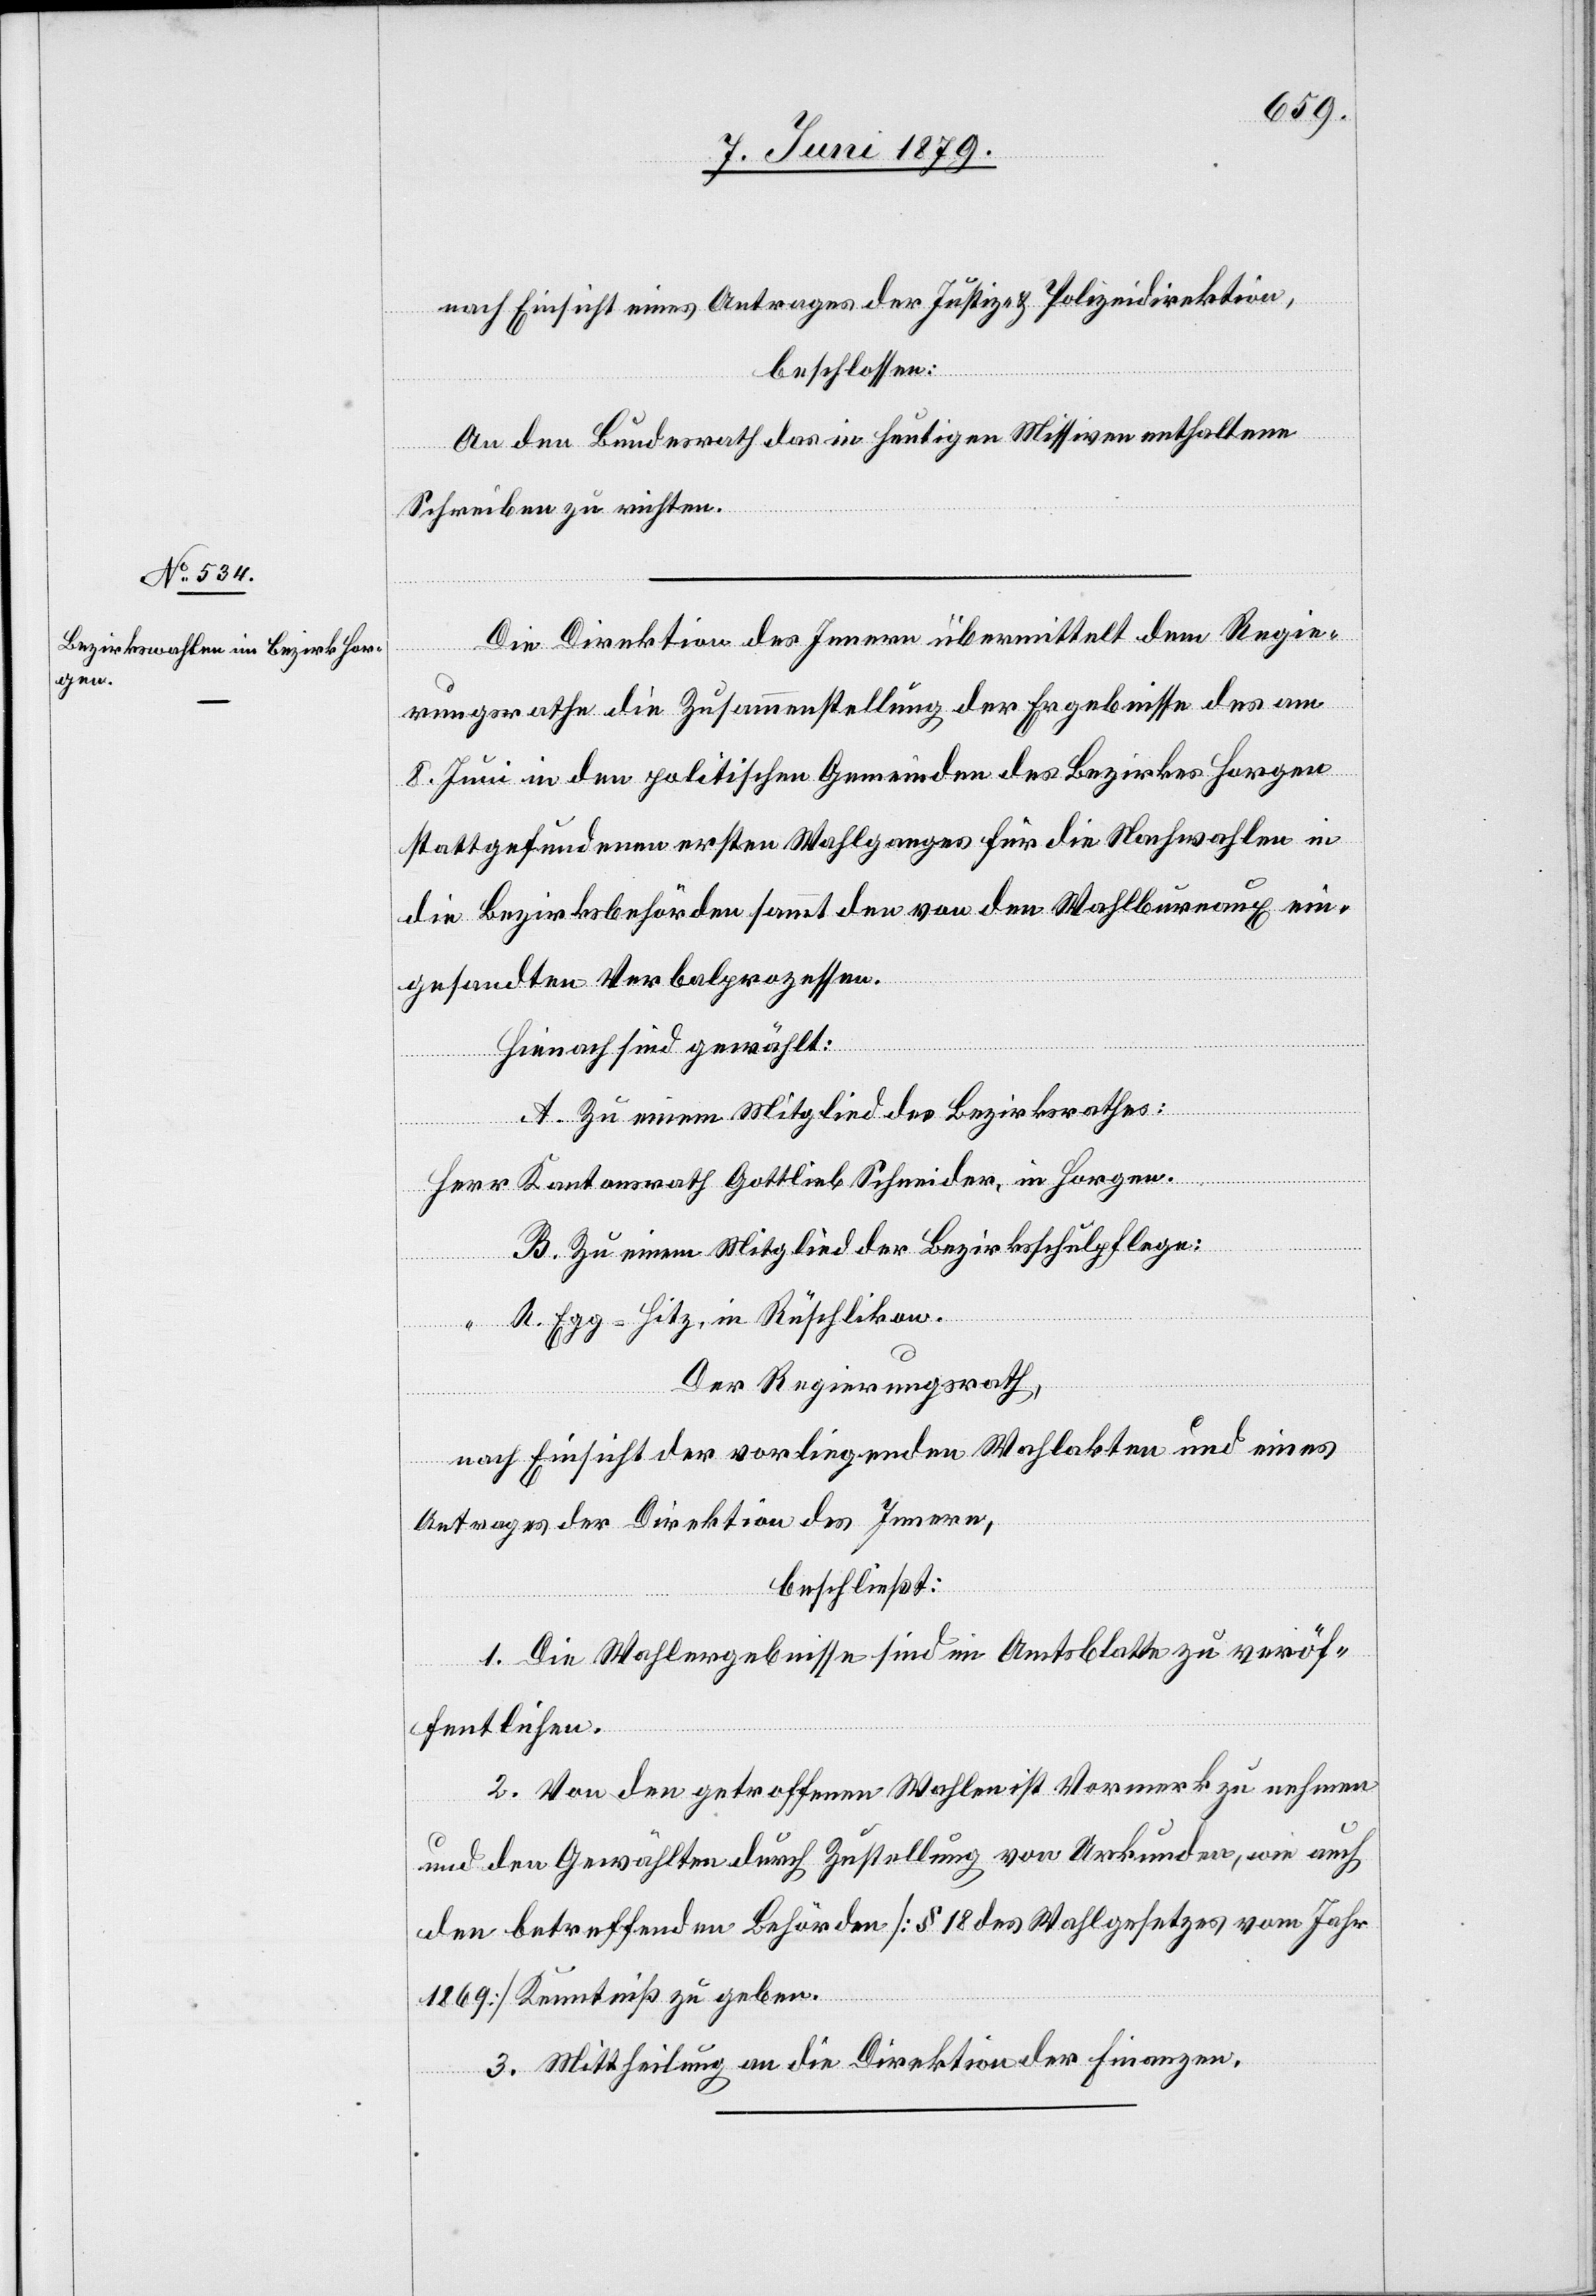
9. Juni 1879.]
nach Einsicht eines Antrages der Justiz- & Polizeidirektion,
beschlossen:
An den Bundesrath das in heutigen Missiven enthaltene
Schreiben zu richten.
Die Direktion des Innern übermittelt dem Regie¬
rungsrathe die Zusammenstellung der Ergebnisse des am
8. Juni in den politischen Gemeinden des Bezirkes Horgen
stattgefundenen ersten Wahlganges für die Nachwahlen in
die Bezirksbehörden sammt den von den Wahlbureaux ein¬
gesandten Verbalprozessen.
Hienach sind gewählt:
A. Zu einem Mitglied des Bezirksrathes:
Herr Kantonsrath Gottlieb Schneider, in Horgen.
B. Zu einem Mitglied der Bezirksschulpflege:
R. Egg-Hitz, in Rüschlikon.
Der Regierungsrath,
nach Einsicht der vorliegenden Wahlakten und eines
Antrages der Direktion des Innern,
beschließt:
1. Die Wahlergebnisse sind im Amtsblatte zu veröf¬
fentlichen.
2. Von den getroffenen Wahlen ist Vormerk zu nehmen
und den Gewählten durch Zustellung von Urkunden, wie auch
den betreffenden Behörden [§ 18 des Wahlgesetzes vom Jahr
1869] Kenntniß zu geben.
3. Mittheilung an die Direktion der Finanzen.